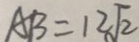
A B = 1 2 \sqrt { 2 }